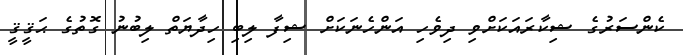
ކެންސަރުގެ ޝިކާރައަކަށްވި ދިވެހި އަންހެނަކަށް ޝިފާ ލިބި ހިދާޔަތް ލިބުނު ގޮތުގެ ޙަޤީޤީ